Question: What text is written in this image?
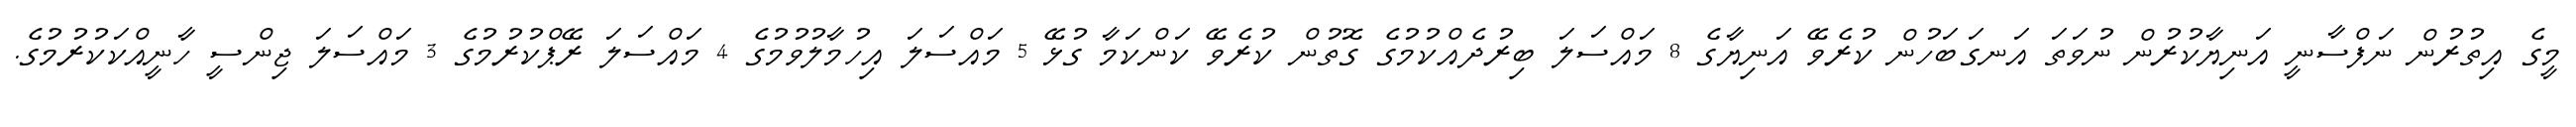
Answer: މީގެ އިތުރުން ނަފްސާނީ އަނިޔާކުރުން ނުވަތަ އަނގަބަހުން ކުރެވޭ އަނިޔާގެ 8 މައްސަލަ ބިރުދެއްކުމުގެ ގޮތުން ކުރެވޭ ކަންކަމާ ގުޅޭ 5 މައްސަލަ އިހުމާލުވުމުގެ 4 މައްސަލަ ރޭޕްކުރުމުގެ 3 މައްސަލަ ޖިންސީ ހާނީއްކަކުރުމުގެ.